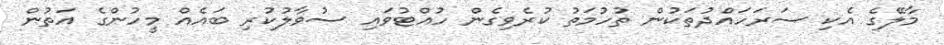
މާލޭގެ އެކި ސަރަހައްދުތަކުން ތުހުމަތު ކުރެވިގެން ހުއްޓުވައި ސުވާލުކުރި ބައެއް މީހުންގެ އަތުން